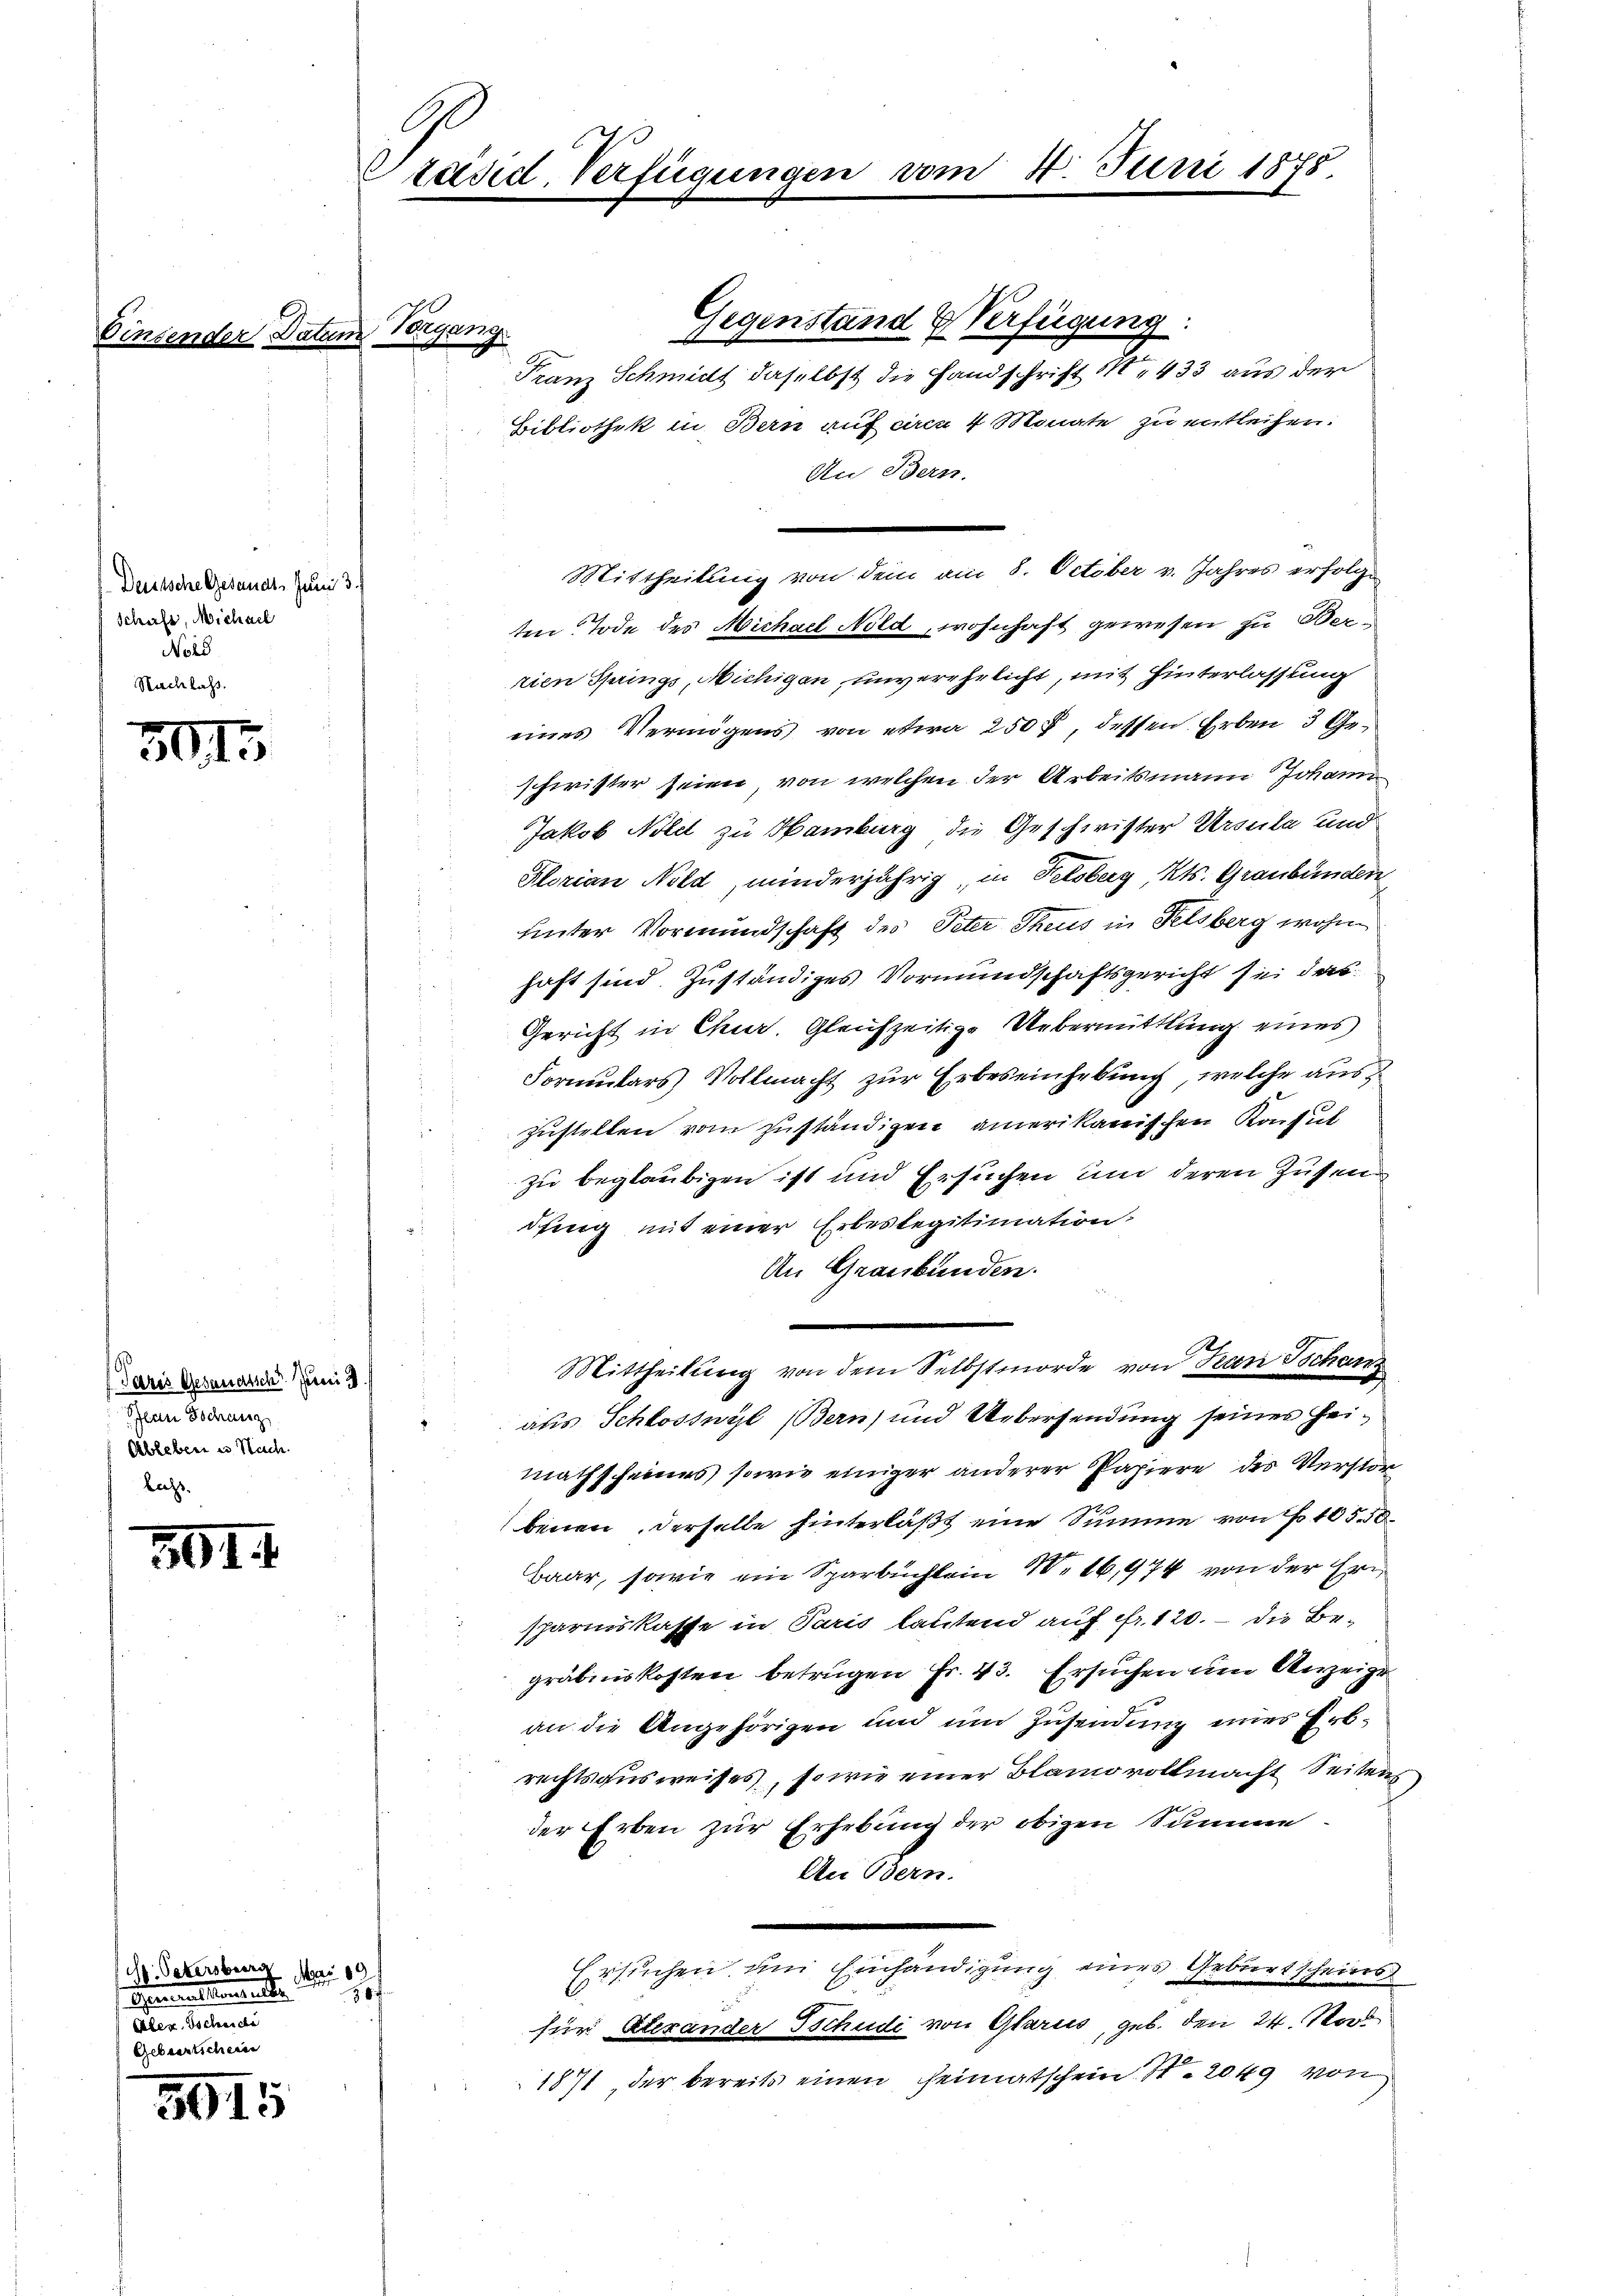
Deutsche Gesandts Juni
Schaft, Michael
No18
Nachlass

305

701. 4

3915

Paris Gesandtsch. Juni 1
Plan schanz
Ableben in Nach
lecht.

H. Petersburg Mai 10.
H.
Generallenselbe
Aler. Tscheide
Gebiertscheine

E
Präsid. Verfügungen vom 4. Juni 1878.

Gegenstand Verfügung:
g
Franz Schmitt daselbst die Handschrift 1, 433 aus der
Bibliothek in Bern auf am 4 Monate zu entleihen.
An Bern.
Mittheilung von dem am 8. October v. Jahres erfolge
ten Tode des Michael Nold, wohnhaft gewesen zu Berrien Springs, Michigen, unverehelicht, mit Hinterlassung
eines Vermögens von etwa 250 f, dessen Erben 3 Geschwister seien, von welchen der Arbeitsmann Johann
Jakob Nild zu Hamburg die Geschwister Ursula und
Florian Nold, minderjährig in Felsberg, Kts. Graubünden
unter Vormundschaft des Peter Theus in Felsberg wohn
haft sind Zuständiges Vormundschaftsgericht sei das
Gericht in Chur. Gleichzeitige Uebermittlung eines
Formulars Vollmacht zur Erbeseinhebung, welche auszustellen vom zuständigen amerikanischen Konsul
zu beglaubigen ist und Ersuchen und deren Zusendfing mit einer Erbeslegitimation.
An Graubünden.
Mittheilung von dem Selbstmorde von Kan Tschen
aus Schlosswyl (Bern) und Uebersendung seines Heimathscheines sowie einiger anderer Papiere des Verstorbenen derselbe hinterläßt eine Summe von No 105. 50
Baar, sowie ein Sparbuchlein 10. 16,974 von der Ern
sparmskasse in Paris lautend auf Fr. 120. – die Begräbniskosten betrügen Fr. 43. Ersuchen um Anzeige
an die Angehörigen und um Zusendung eines Erbrechtsausweises, so wie einer Blamo vollmacht Seitens
der Erben zur Erhebung der obigen Summe
An Bern.
Ersuchen um Einhändigung eines Geburtscheins
für Alexander Tschudi von Glarus, geb. den 24. Stob
1871 der bereits einen Heimatschein 120 kg von